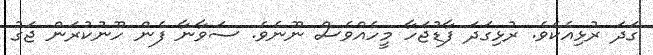
ގަދަ ރުޅިއެކެވެ. ރުޅިގަދަ ފާޑުޖަހާ މީހެއްވެސް ނޫނެވެ. ސަވާނާ ފެން ހޫނުކުރަން ޖަގު